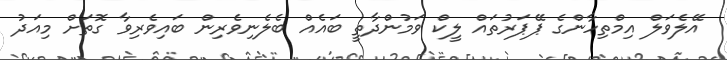
އޭލެވަލް އިމްތިހާންގެ ޕޭޕަރުތައް ލީކް ވަމުންދާތީ ބައެއް ބެލެނިވެރިން ބައިވެރިވާ ގޮތަށް މިއަދު